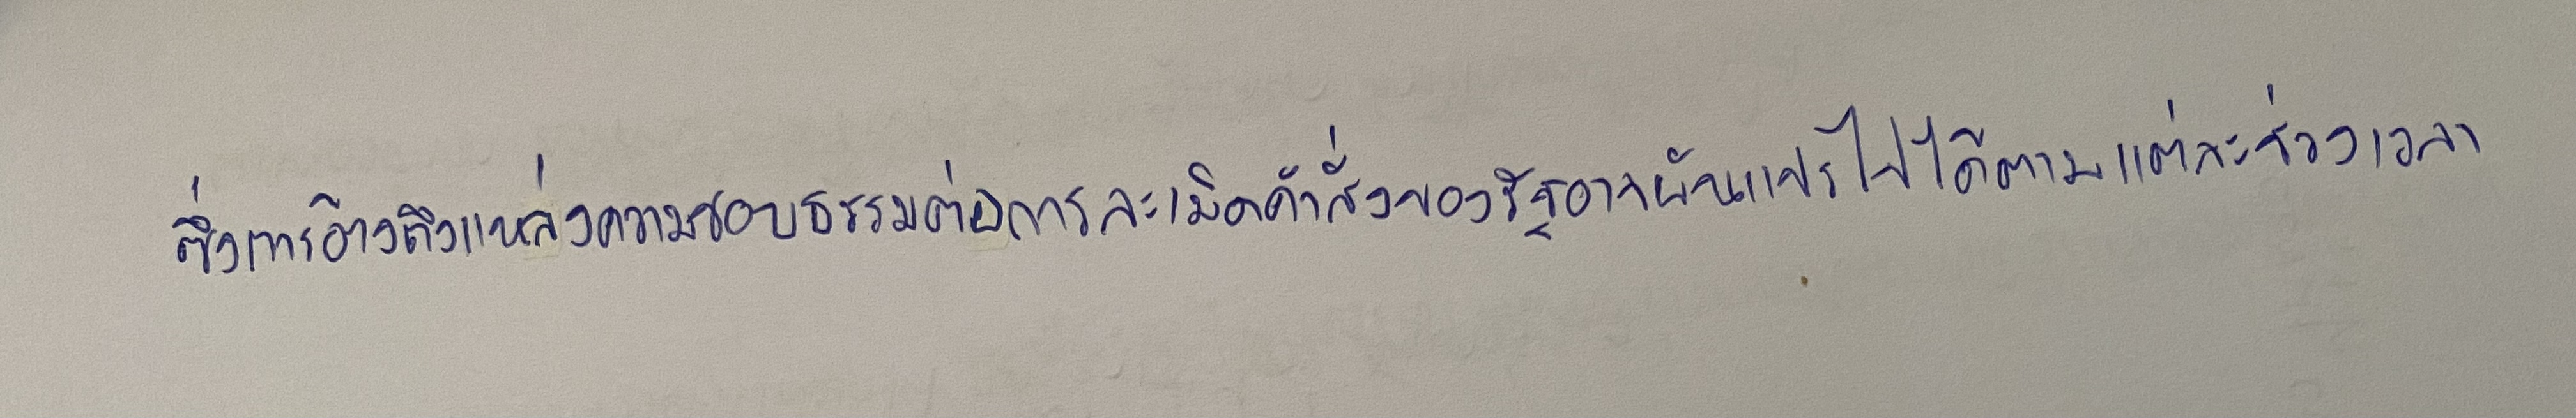
ซึ่งการอ้างถึงแหล่งความชอบธรรมต่อการละเมิดคำสั่งของรัฐอาจผันแปรไปได้ตามแต่ละช่วงเวลา